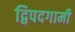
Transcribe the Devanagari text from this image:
द्विपदगामी